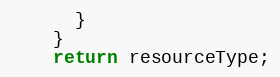
Language: Java
      }
    }
    return resourceType;